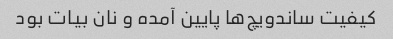
کیفیت ساندویچ‌ها پایین آمده و نان بیات بود